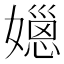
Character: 𡢆